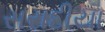
સરાદીયા